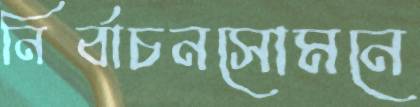
নির্বাচনসোমনে